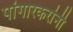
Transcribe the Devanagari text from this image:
पांगारकरांनी